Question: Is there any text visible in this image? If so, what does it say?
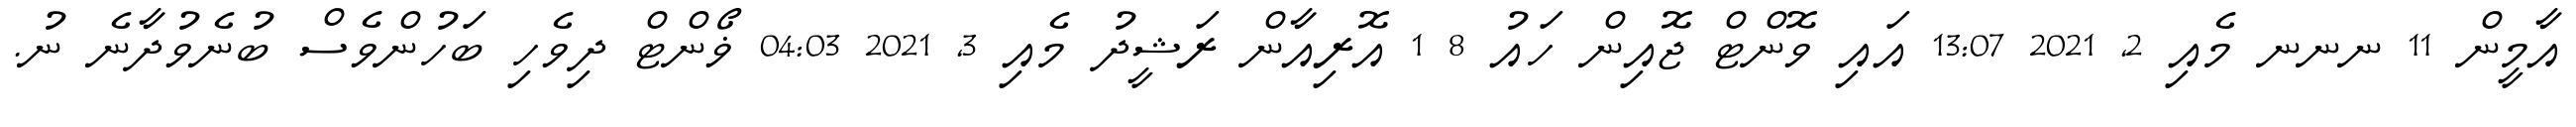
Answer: އާމީން 11 ނނނ މެއި 2, 2021 13:07 އައި ވޮންޓް ޖޮއިން ހައު 8 1 އޮރިއާން ރަޝީދު މެއި 3, 2021 04:03 ޥޯންޓް ދިވެހި ބަހުންވެސް ބުނެވުދާނެ ނު.